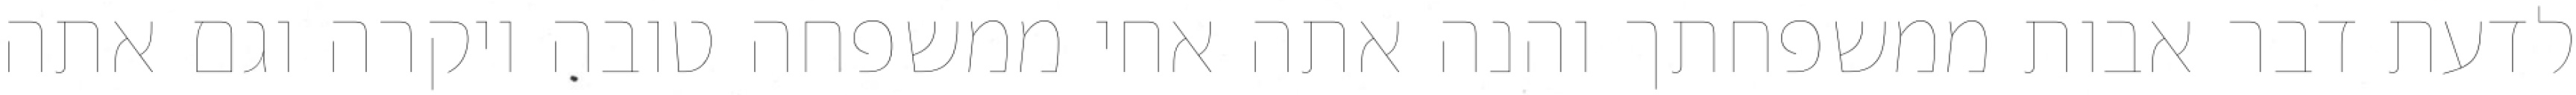
לדעת דבר אבות ממשפחתך והנה אתה אחי ממשפחה טובה ויקרה וגם אתה